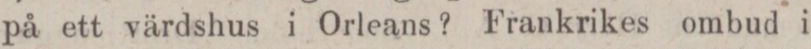
på ett värdshus i Orleans? Frankrikes ombud i